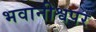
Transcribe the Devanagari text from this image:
भवानीश्वपर